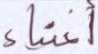
أغنياء